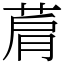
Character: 菺